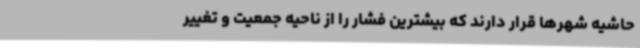
حاشیه شهرها قرار دارند که بیشترین فشار را از ناحیه جمعیت و تغییر